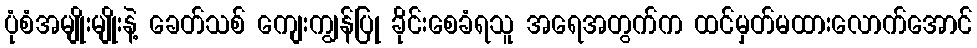
ပုံစံအမျိုးမျိုးနဲ့ ခေတ်သစ် ကျေးကျွန်ပြု ခိုင်းစေခံရသူ အရေအတွက်က ထင်မှတ်မထားလောက်အောင်